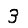
Digit: 3